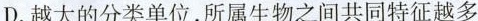
D.越大的分类单位，所属生物之间共同特征越多